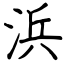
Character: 浜